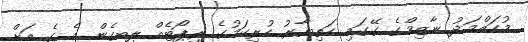
މުހައްމަދު ނާޒިމްގެ ގޭގައި ހަތިޔާރު ހުރިކަމުގެ ރިޕޯޓެއް ލިބިގެން އެ ގެ އަށް